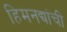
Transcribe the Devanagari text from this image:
हिमनद्यांची